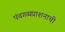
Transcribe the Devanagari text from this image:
पंचगव्यप्राशनाची